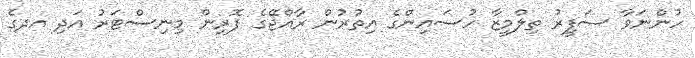
ހުންނަވާ ސަފީރު ތިލްމީޒާ ހުސައިންގެ އިތުރުން ރާއްޖޭގެ ފޮރިން މިނިސްޓަރު އަދި އދގެ